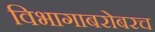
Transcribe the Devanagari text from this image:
विभागाबरोबरच